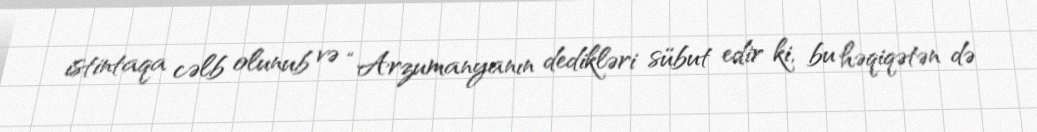
istintaqa cəlb olunub və “Arzumanyanın dedikləri sübut edir ki, bu həqiqətən də